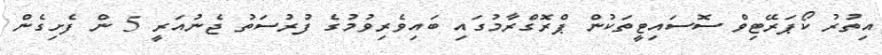
އިތުރު ކޯޕަރޭޓިވް ސޮސައިޓީތަކުން ޕްރޮގްރާމުގައި ބައިވެރިވުމުގެ ފުރުސަތު ޖެނުއަރީ 5 ން ފެށިގެން